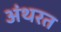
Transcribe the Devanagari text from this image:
अंथरत